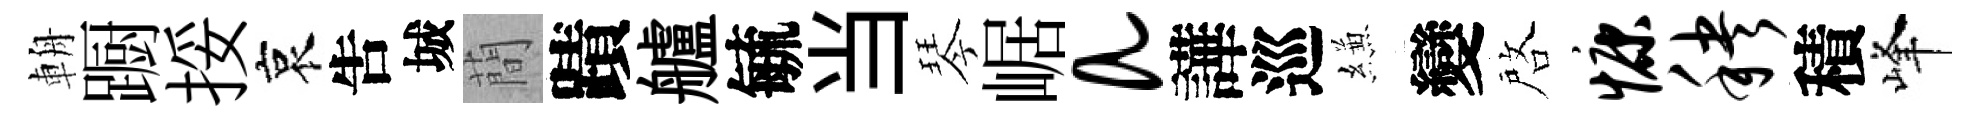
輈蹰挼哀吿城蕳蹟艫毓当琴崌a譁巡縑變啓慷秧積峰